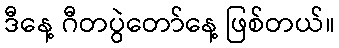
ဒီနေ့ ဂီတပွဲတော်နေ့ ဖြစ်တယ်။